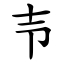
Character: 壭